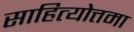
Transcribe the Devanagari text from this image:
साहित्योत्तमा